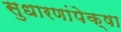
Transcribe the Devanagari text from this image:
सुधारणांपेक्षा